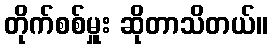
တိုက်စစ်မှူး ဆိုတာသိတယ်။